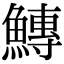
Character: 鱄